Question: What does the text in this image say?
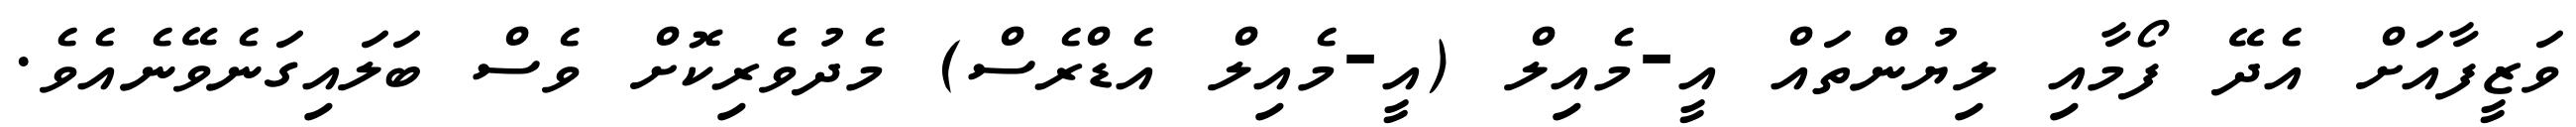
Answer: ވަޒީފާއަށް އެދޭ ފޯމާއި ލިޔުންތައް އީ-މެއިލް (އީ-މެއިލް އެޑްރެސް) މެދުވެރިކޮށް ވެސް ބަލައިގަނެވޭނެއެވެ.